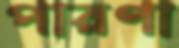
পারণা